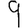
Digit: 9